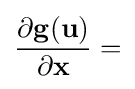
{\frac {\partial \mathbf {g} (\mathbf {u} )}{\partial \mathbf {x} }}=